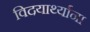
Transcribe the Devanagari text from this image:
विदयार्थ्याना